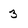
Character: 3